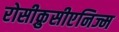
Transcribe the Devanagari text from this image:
रोसीक्रुसीएनिज्म